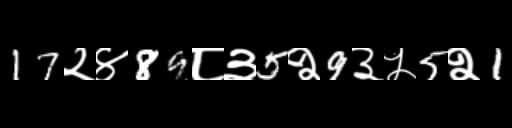
Text: 17२४89८३5२9३५5२1